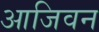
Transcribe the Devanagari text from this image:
आजिवन